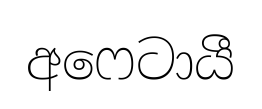
අෆෙටායී